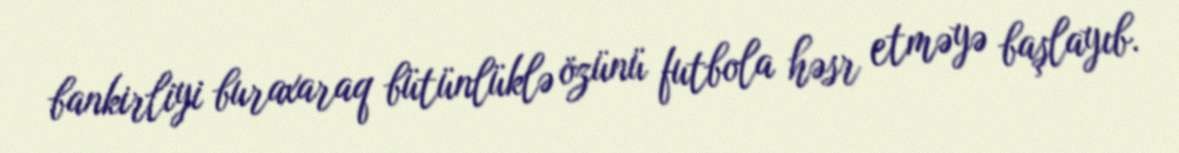
bankirliyi buraxaraq bütünlüklə özünü futbola həsr etməyə başlayıb.